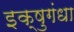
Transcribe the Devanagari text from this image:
इक्षुगंधा